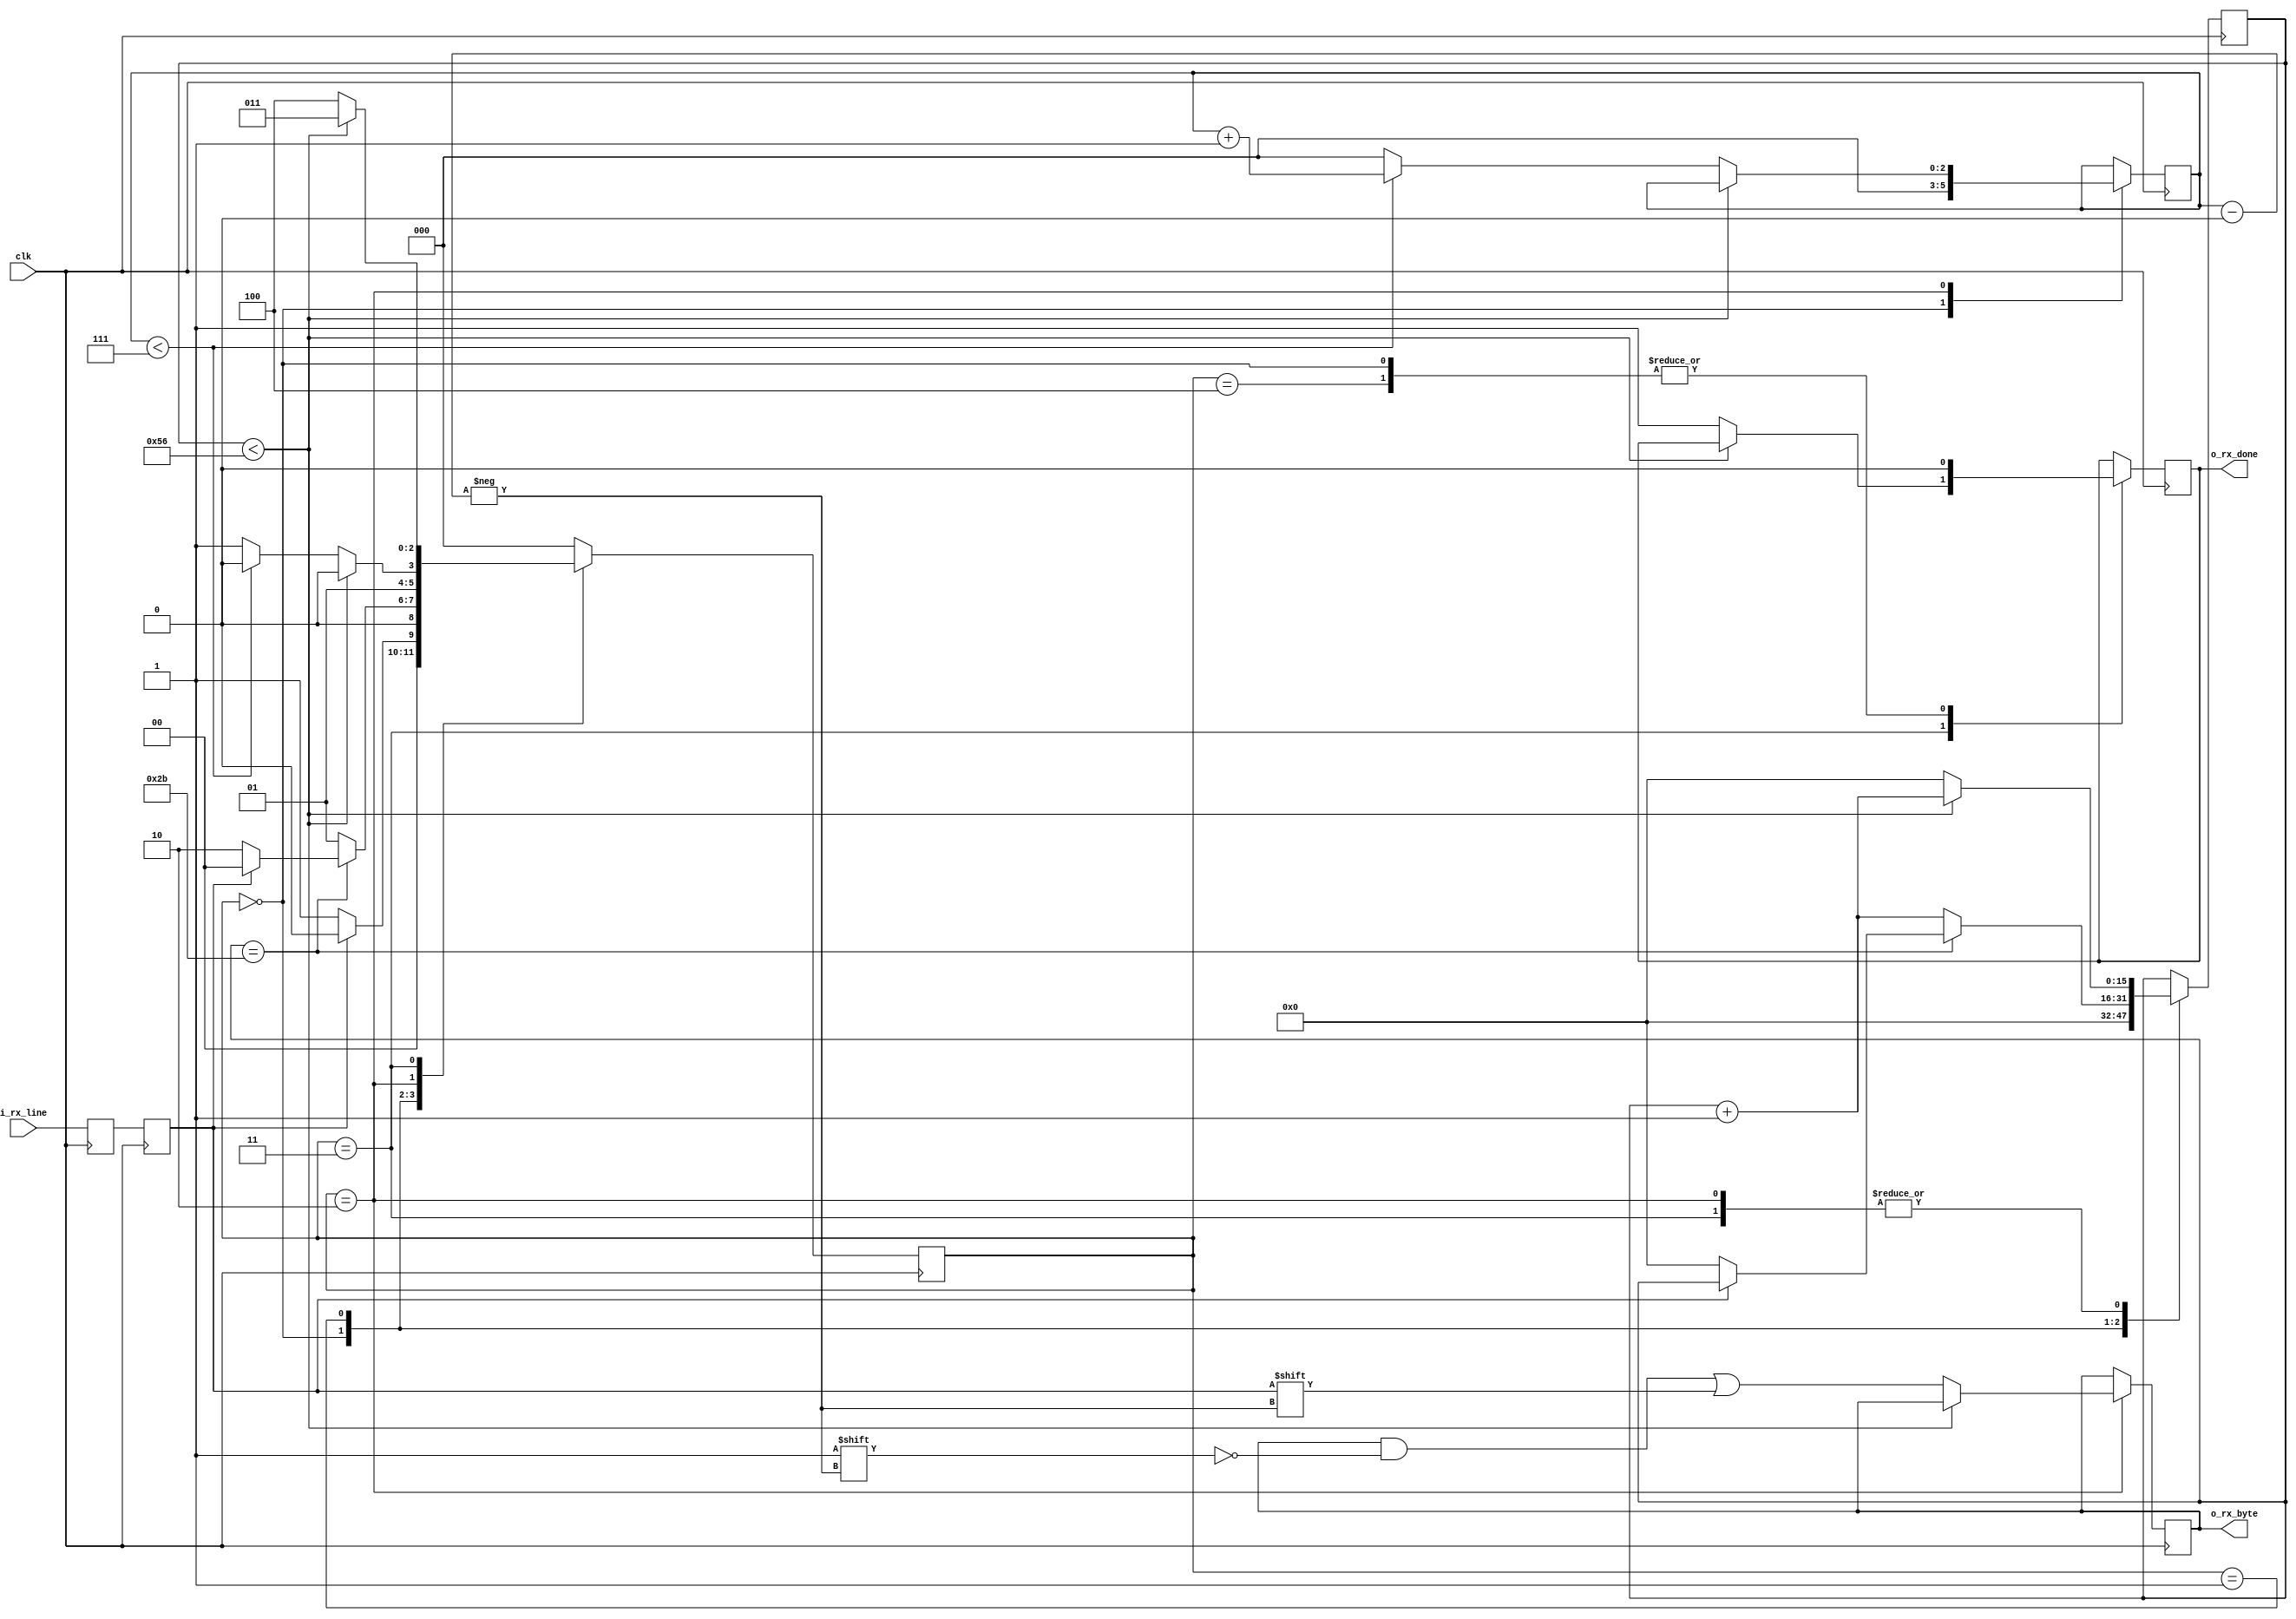
//////////////////////////////////////////////////////////////////////
// File Downloaded from http://www.nandland.com
//////////////////////////////////////////////////////////////////////
// This file contains the UART Receiver.  This receiver is able to
// receive 8 bits of serial data, one start bit, one stop bit,
// and no parity bit.  When receive is complete o_rx_done will be
// driven high for one clock cycle.
// 
// Set Parameter CLKS_PER_BIT as follows:
// CLKS_PER_BIT = (Frequency of clk)/(Frequency of UART)
// Example: 10 MHz Clock, 115200 baud UART
// (10000000)/(115200) = 87

`define UART_RX_STATE_IDLE        3'h0
`define UART_RX_STATE_START_BIT   3'h1
`define UART_RX_STATE_DATA_BITS   3'h2
`define UART_RX_STATE_STOP_BIT    3'h3
`define UART_RX_STATE_CLEANUP     3'h4 

module uart_rx(clk, i_rx_line, o_rx_done, o_rx_byte);
  
    parameter CLKS_PER_BIT   = 87;

    input clk;
    input i_rx_line;
    output       o_rx_done;
    output [7:0] o_rx_byte;
      
    reg        r_rx_dara_r = 1'b1;
    reg        r_rx_dara   = 1'b1;
    reg [15:0] r_clk_cnt = 0;
    reg [2:0]  r_bit_idx = 0; //8 bits total
    reg [7:0]  r_rx_byte = 0;
    reg        r_rx_done = 0;
    reg [2:0]  r_rx_state = 0;
   
    // Purpose: Double-register the incoming data.
    // This allows it to be used in the UART RX Clock Domain.
    // (It removes problems caused by metastability)
    always @(posedge clk) begin
        r_rx_dara_r <= i_rx_line;
        r_rx_dara   <= r_rx_dara_r;
    end
   
    // Purpose: Control RX state machine
    always @(posedge clk) begin
        case (r_rx_state)
            `UART_RX_STATE_IDLE: begin
                r_rx_done <= 1'b0;
                r_clk_cnt <= 0;
                r_bit_idx <= 0;
                  
                if (r_rx_dara == 1'b0) // Start bit detected
                    r_rx_state <= `UART_RX_STATE_START_BIT;
                else
                    r_rx_state <= `UART_RX_STATE_IDLE;
            end
            
            // Check middle of start bit to make sure it's still low
            `UART_RX_STATE_START_BIT: begin
                if (r_clk_cnt == (CLKS_PER_BIT-1)/2) begin
                    if (r_rx_dara == 1'b0) begin
                        r_clk_cnt <= 0;  // reset counter, found the middle
                        r_rx_state <= `UART_RX_STATE_DATA_BITS;
                    end
                    else
                        r_rx_state <= `UART_RX_STATE_IDLE;
                end
                else begin
                    r_clk_cnt <= r_clk_cnt + 16'd1;
                    r_rx_state <= `UART_RX_STATE_START_BIT;
                end
            end 
            
            // Wait CLKS_PER_BIT-1 clock cycles to sample serial data
            `UART_RX_STATE_DATA_BITS: begin
                if (r_clk_cnt < CLKS_PER_BIT-1) begin
                    r_clk_cnt <= r_clk_cnt + 16'd1;
                    r_rx_state <= `UART_RX_STATE_DATA_BITS;
                end
                else begin
                    r_clk_cnt <= 0;
                    r_rx_byte[r_bit_idx] <= r_rx_dara;
                    // Check if we have received all bits
                    if (r_bit_idx < 7) begin
                        r_bit_idx <= r_bit_idx + 3'd1;
                        r_rx_state   <= `UART_RX_STATE_DATA_BITS;
                    end
                    else begin
                        r_bit_idx <= 0;
                        r_rx_state <= `UART_RX_STATE_STOP_BIT;
                    end
                  end
            end 

            // Receive Stop bit.  Stop bit = 1
            `UART_RX_STATE_STOP_BIT: begin
                // Wait CLKS_PER_BIT-1 clock cycles for Stop bit to finish
                if (r_clk_cnt < CLKS_PER_BIT-1) begin
                    r_clk_cnt <= r_clk_cnt + 16'd1;
                    r_rx_state <= `UART_RX_STATE_STOP_BIT;
                end
                else begin
                    r_rx_done <= 1'b1;
                    r_clk_cnt <= 0;
                    r_rx_state <= `UART_RX_STATE_CLEANUP;
                end
            end

            // Stay here 1 clock
            `UART_RX_STATE_CLEANUP: begin
                r_rx_state <= `UART_RX_STATE_IDLE;
                r_rx_done <= 1'b0;
            end
            
            default :
                r_rx_state <= `UART_RX_STATE_IDLE;
        endcase
    end   
   
    assign o_rx_done   = r_rx_done;
    assign o_rx_byte = r_rx_byte;
   
endmodule // uart_rx